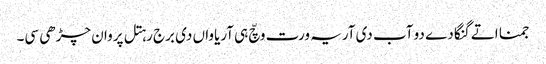
جمنا اتے گنگا دے دو آب دی آریہ ورت وچّ ہی آریاواں دی برج رہتل پروان چڑھی سی۔